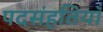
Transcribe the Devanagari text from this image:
पदसंहतियाँ